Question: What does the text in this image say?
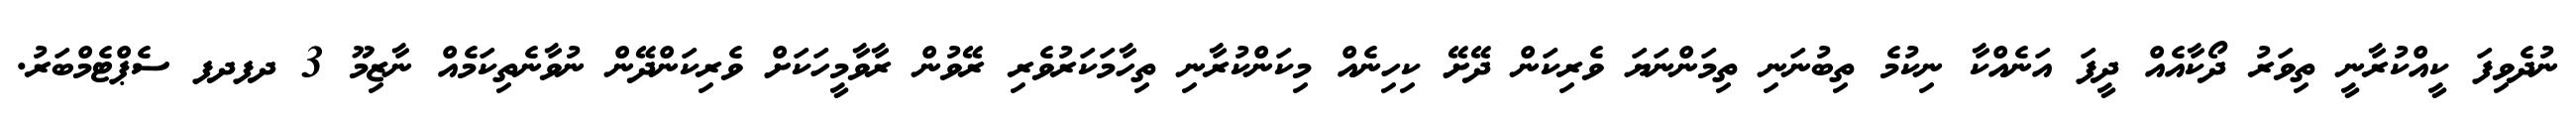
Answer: ނުދެވިފަ ކީއްކުރާނީ ތިވަރު ދޯކާއެއް ދީފަ އަނެއްކާ ނިކުމެ ތިބުނަނި ތިމަންނަޔަ ވެރިކަން ދޭށޭ ކިހިނެއް މިކަންކުރާނި ތިހާމަކަރުވެރި ރޭވުން ރާވާމީހަކަށް ވެރިކަންދޭން ނުވާނެތިކަމެއް ނާޒިމޫ 3 ދފދފ ސެޕްޓެމްބަރު.